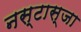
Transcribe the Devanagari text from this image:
नस्टास्जा